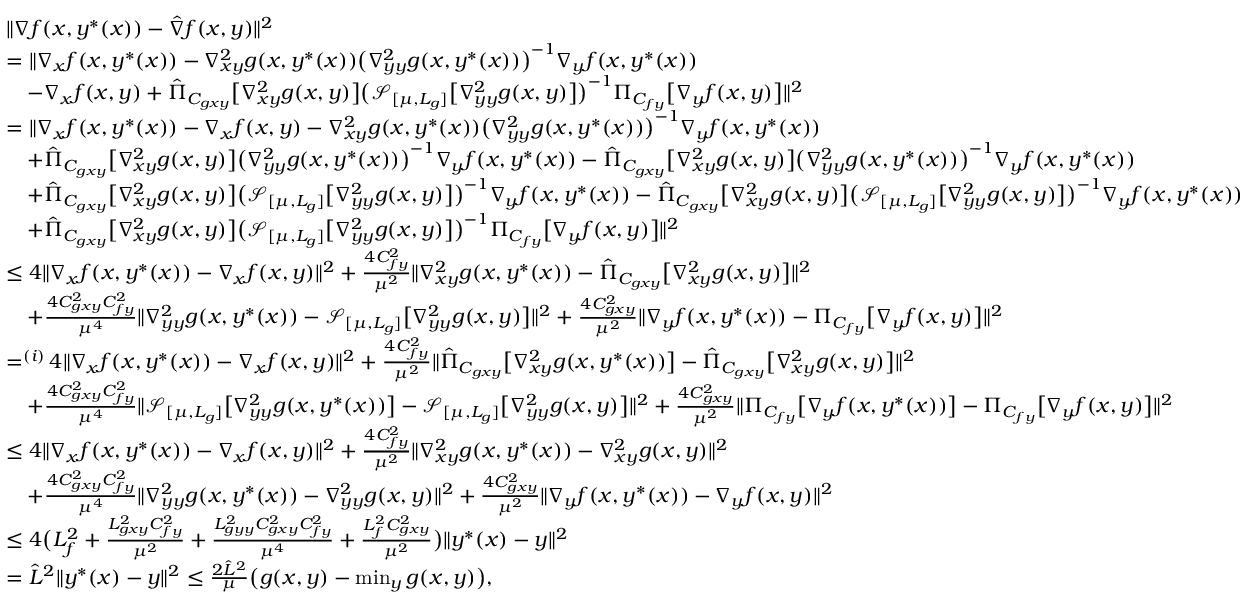
\begin{array} { r l } & { \| \nabla f ( x , y ^ { * } ( x ) ) - \hat { \nabla } f ( x , y ) \| ^ { 2 } } \\ & { = \| \nabla _ { x } f ( x , y ^ { * } ( x ) ) - \nabla _ { x y } ^ { 2 } g ( x , y ^ { * } ( x ) ) \big ( \nabla _ { y y } ^ { 2 } g ( x , y ^ { * } ( x ) ) \big ) ^ { - 1 } \nabla _ { y } f ( x , y ^ { * } ( x ) ) } \\ & { \quad - \nabla _ { x } f ( x , y ) + \hat { \Pi } _ { C _ { g x y } } \big [ \nabla _ { x y } ^ { 2 } g ( x , y ) \big ] \big ( \mathcal { S } _ { [ \mu , L _ { g } ] } \big [ \nabla _ { y y } ^ { 2 } g ( x , y ) \big ] \big ) ^ { - 1 } \Pi _ { C _ { f y } } \big [ \nabla _ { y } f ( x , y ) \big ] \| ^ { 2 } } \\ & { = \| \nabla _ { x } f ( x , y ^ { * } ( x ) ) - \nabla _ { x } f ( x , y ) - \nabla _ { x y } ^ { 2 } g ( x , y ^ { * } ( x ) ) \big ( \nabla _ { y y } ^ { 2 } g ( x , y ^ { * } ( x ) ) \big ) ^ { - 1 } \nabla _ { y } f ( x , y ^ { * } ( x ) ) } \\ & { \quad + \hat { \Pi } _ { C _ { g x y } } \big [ \nabla _ { x y } ^ { 2 } g ( x , y ) \big ] \big ( \nabla _ { y y } ^ { 2 } g ( x , y ^ { * } ( x ) ) \big ) ^ { - 1 } \nabla _ { y } f ( x , y ^ { * } ( x ) ) - \hat { \Pi } _ { C _ { g x y } } \big [ \nabla _ { x y } ^ { 2 } g ( x , y ) \big ] \big ( \nabla _ { y y } ^ { 2 } g ( x , y ^ { * } ( x ) ) \big ) ^ { - 1 } \nabla _ { y } f ( x , y ^ { * } ( x ) ) } \\ & { \quad + \hat { \Pi } _ { C _ { g x y } } \big [ \nabla _ { x y } ^ { 2 } g ( x , y ) \big ] \big ( \mathcal { S } _ { [ \mu , L _ { g } ] } \big [ \nabla _ { y y } ^ { 2 } g ( x , y ) \big ] \big ) ^ { - 1 } \nabla _ { y } f ( x , y ^ { * } ( x ) ) - \hat { \Pi } _ { C _ { g x y } } \big [ \nabla _ { x y } ^ { 2 } g ( x , y ) \big ] \big ( \mathcal { S } _ { [ \mu , L _ { g } ] } \big [ \nabla _ { y y } ^ { 2 } g ( x , y ) \big ] \big ) ^ { - 1 } \nabla _ { y } f ( x , y ^ { * } ( x ) ) } \\ & { \quad + \hat { \Pi } _ { C _ { g x y } } \big [ \nabla _ { x y } ^ { 2 } g ( x , y ) \big ] \big ( \mathcal { S } _ { [ \mu , L _ { g } ] } \big [ \nabla _ { y y } ^ { 2 } g ( x , y ) \big ] \big ) ^ { - 1 } \Pi _ { C _ { f y } } \big [ \nabla _ { y } f ( x , y ) \big ] \| ^ { 2 } } \\ & { \leq 4 \| \nabla _ { x } f ( x , y ^ { * } ( x ) ) - \nabla _ { x } f ( x , y ) \| ^ { 2 } + \frac { 4 C _ { f y } ^ { 2 } } { \mu ^ { 2 } } \| \nabla _ { x y } ^ { 2 } g ( x , y ^ { * } ( x ) ) - \hat { \Pi } _ { C _ { g x y } } \big [ \nabla _ { x y } ^ { 2 } g ( x , y ) \big ] \| ^ { 2 } } \\ & { \quad + \frac { 4 C _ { g x y } ^ { 2 } C _ { f y } ^ { 2 } } { \mu ^ { 4 } } \| \nabla _ { y y } ^ { 2 } g ( x , y ^ { * } ( x ) ) - \mathcal { S } _ { [ \mu , L _ { g } ] } \big [ \nabla _ { y y } ^ { 2 } g ( x , y ) \big ] \| ^ { 2 } + \frac { 4 C _ { g x y } ^ { 2 } } { \mu ^ { 2 } } \| \nabla _ { y } f ( x , y ^ { * } ( x ) ) - \Pi _ { C _ { f y } } \big [ \nabla _ { y } f ( x , y ) \big ] \| ^ { 2 } } \\ & { \mathop { = } ^ { ( i ) } 4 \| \nabla _ { x } f ( x , y ^ { * } ( x ) ) - \nabla _ { x } f ( x , y ) \| ^ { 2 } + \frac { 4 C _ { f y } ^ { 2 } } { \mu ^ { 2 } } \| \hat { \Pi } _ { C _ { g x y } } \big [ \nabla _ { x y } ^ { 2 } g ( x , y ^ { * } ( x ) ) \big ] - \hat { \Pi } _ { C _ { g x y } } \big [ \nabla _ { x y } ^ { 2 } g ( x , y ) \big ] \| ^ { 2 } } \\ & { \quad + \frac { 4 C _ { g x y } ^ { 2 } C _ { f y } ^ { 2 } } { \mu ^ { 4 } } \| \mathcal { S } _ { [ \mu , L _ { g } ] } \big [ \nabla _ { y y } ^ { 2 } g ( x , y ^ { * } ( x ) ) \big ] - \mathcal { S } _ { [ \mu , L _ { g } ] } \big [ \nabla _ { y y } ^ { 2 } g ( x , y ) \big ] \| ^ { 2 } + \frac { 4 C _ { g x y } ^ { 2 } } { \mu ^ { 2 } } \| \Pi _ { C _ { f y } } \big [ \nabla _ { y } f ( x , y ^ { * } ( x ) ) \big ] - \Pi _ { C _ { f y } } \big [ \nabla _ { y } f ( x , y ) \big ] \| ^ { 2 } } \\ & { \leq 4 \| \nabla _ { x } f ( x , y ^ { * } ( x ) ) - \nabla _ { x } f ( x , y ) \| ^ { 2 } + \frac { 4 C _ { f y } ^ { 2 } } { \mu ^ { 2 } } \| \nabla _ { x y } ^ { 2 } g ( x , y ^ { * } ( x ) ) - \nabla _ { x y } ^ { 2 } g ( x , y ) \| ^ { 2 } } \\ & { \quad + \frac { 4 C _ { g x y } ^ { 2 } C _ { f y } ^ { 2 } } { \mu ^ { 4 } } \| \nabla _ { y y } ^ { 2 } g ( x , y ^ { * } ( x ) ) - \nabla _ { y y } ^ { 2 } g ( x , y ) \| ^ { 2 } + \frac { 4 C _ { g x y } ^ { 2 } } { \mu ^ { 2 } } \| \nabla _ { y } f ( x , y ^ { * } ( x ) ) - \nabla _ { y } f ( x , y ) \| ^ { 2 } } \\ & { \leq 4 \big ( L _ { f } ^ { 2 } + \frac { L _ { g x y } ^ { 2 } C _ { f y } ^ { 2 } } { \mu ^ { 2 } } + \frac { L _ { g y y } ^ { 2 } C _ { g x y } ^ { 2 } C _ { f y } ^ { 2 } } { \mu ^ { 4 } } + \frac { L _ { f } ^ { 2 } C _ { g x y } ^ { 2 } } { \mu ^ { 2 } } \big ) \| y ^ { * } ( x ) - y \| ^ { 2 } } \\ & { = \hat { L } ^ { 2 } \| y ^ { * } ( x ) - y \| ^ { 2 } \leq \frac { 2 \hat { L } ^ { 2 } } { \mu } \big ( g ( x , y ) - \operatorname* { m i n } _ { y } g ( x , y ) \big ) , } \end{array}